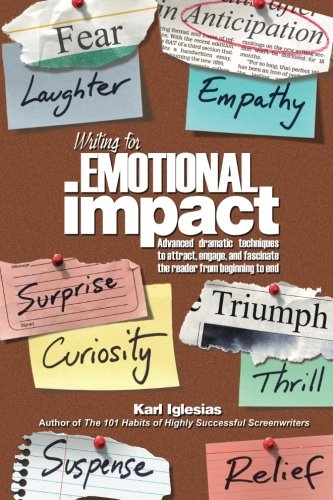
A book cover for Writing for Emotional Impact: Advanced Dramatic Techniques to Attract, Engage, and Fascinate the Reader from Beginning to End; Karl Iglesias; Humor & Entertainment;